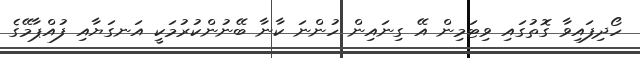
ހޯދިފައިވާ ގޮތުގައި ވިޓަމިން އޭ ގިނައިން ހުންނަ ކާނާ ބޭނުންކުރުމަކީ އަނގަޔާއި ފުއްޕާމޭގެ